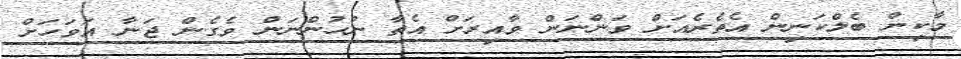
މާކިން ބެލްކަނިން އެތެރެއަށް ވަންނަން ވާއިރަށް އެތާ ނުހުންނަން ވެގެން ޖަނާ އަވަހަށް